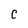
Character: C